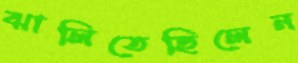
ঝালিতেছিলেন